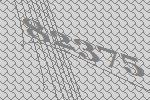
82375